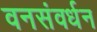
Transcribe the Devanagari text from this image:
वनसंवर्धन